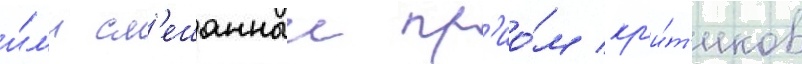
и́л'и см'ешанныи пр'ио́м кр'и́т'иков